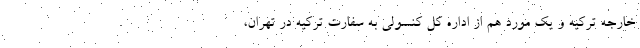
خارجه ترکیه و یک مورد هم از اداره کل کنسولی به سفارت ترکیه در تهران،